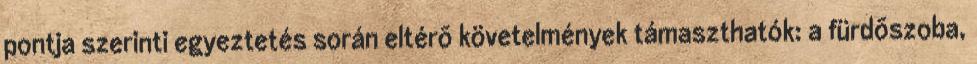
pontja szerinti egyeztetés során eltérõ követelmények támaszthatók: a fürdõszoba,